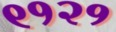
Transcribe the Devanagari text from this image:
९१२१